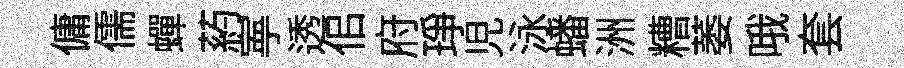
傭儒蟬葯寕透佀府琤児泳蟠洲糟萎哦套